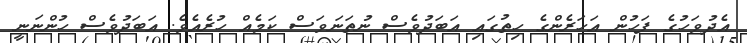
އެދުވަހުގެ ފަހުން އަހަރެންގެ ހިތުގައި އަބަދުވެސް ނުތަނަވަސް ކަމެއް ހުރެއެވެ. އަބަދުވެސް ހުންނަނީ